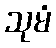
သုမံ